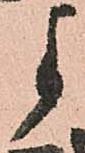
よ